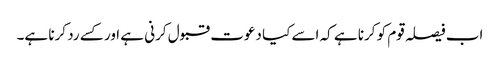
اب فیصلہ قوم کو کرنا ہے کہ اسے کیا دعوت قبول کرنی ہے اور کسے رد کرنا ہے۔